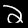
Label: 2